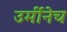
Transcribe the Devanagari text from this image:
उर्मीनेच